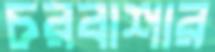
চরবাশার